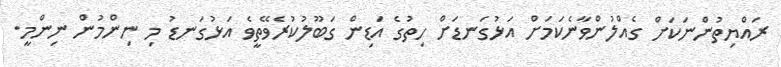
ރައްޔިތުންނަކަށް ގެއްލުންވާނެކަމަށް އަޅުގަނޑަށް ހިތުގެ އަޑިން ގަބޫލުކުރެވޭތީވެ އަޅުގަނޑު މި ނިންމުން ނިންމީ.